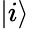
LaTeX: \lvert i\rangle